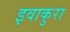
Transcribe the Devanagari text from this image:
इवाकुरा